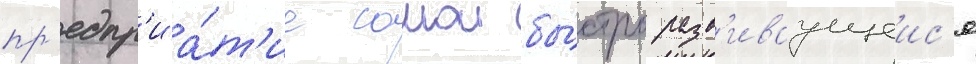
пр'едпр'иа́т'ие самои бы́стро разв'иваущеис'я